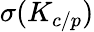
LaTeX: \sigma(K_{c/p})